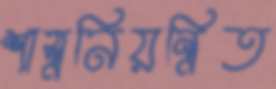
শাস্ত্রনিয়ন্ত্রিত